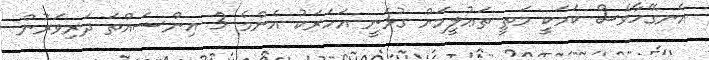
އެނގޭހާވެސް ކަމަކީ މަތީ ތަޢުލީމަށް ގުޅެނީ އަހަރަކު އެންމެ 3 އިންސައްތަ ދަރިވަރުން